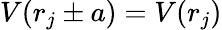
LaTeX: V(r_{j}\pm a)=V(r_{j})